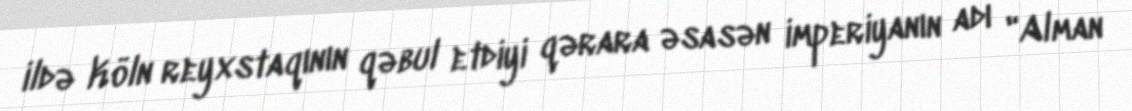
ildə Köln reyxstaqının qəbul etdiyi qərara əsasən imperiyanın adı "Alman